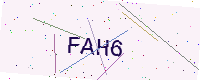
Text: FAH6